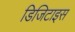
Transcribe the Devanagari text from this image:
डिजिटाइस